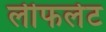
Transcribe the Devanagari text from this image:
लीफलेट